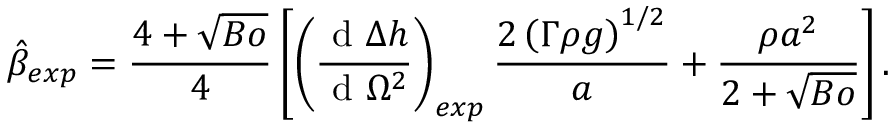
\hat { \beta } _ { e x p } = \frac { 4 + \sqrt { B o } } { 4 } \left[ \left( \frac { \textrm { d } \Delta { h } } { \textrm { d } \Omega ^ { 2 } } \right) _ { e x p } \frac { 2 \left( \Gamma \rho { g } \right) ^ { 1 / 2 } } { a } + \frac { \rho { a } ^ { 2 } } { 2 + \sqrt { B o } } \right] .